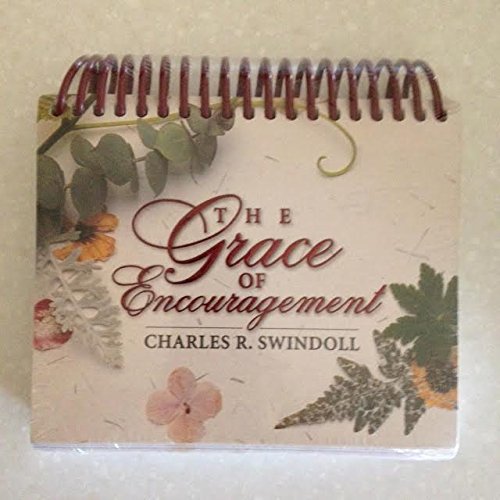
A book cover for The Grace of Encouragement; Perpetual; Calendars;